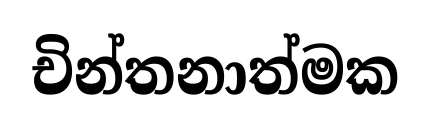
චින්තනාත්මක